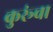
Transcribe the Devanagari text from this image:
कुरूंचा